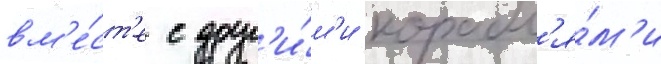
вм'е́ст'е с друг'и́м'и корабл'я́м'и